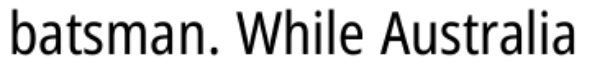
batsman. While Australia